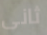
ثانى